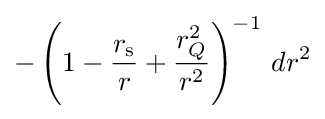
-\left(1-{\frac {r_{\text{s}}}{r}}+{\frac {r_{Q}^{2}}{r^{2}}}\right)^{-1}\,dr^{2}